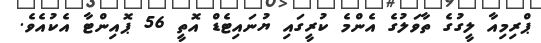
ޕްރިމިއާ ލީގުގެ ތާވަލުގެ އެންމެ ކުރީގައި ޔުނައިޓެޑް އޮތީ 56 ޕޮއިންޓާ އެކުއެވެ.